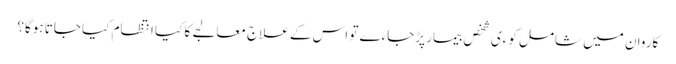
کاروان میں شامل کوءی شخص بیمار پڑجاءے تو اس کے علاج معالجے کا کیا انتظام کیا جاتا ہوگا؟